Indian journal of veterinary science and animal husbandry - Volumes 24-25, 1954-1955
Year: 1954
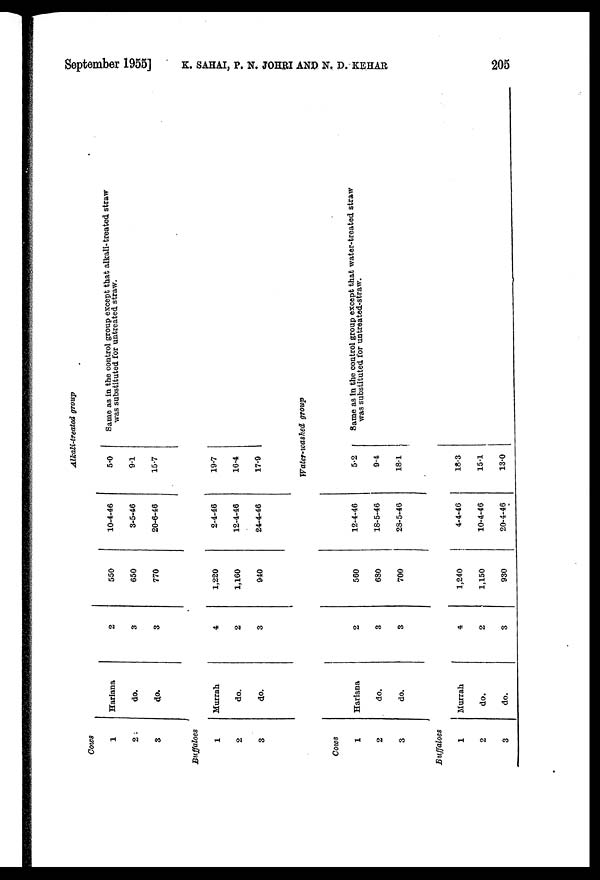
September 1955] K. SAHAI, P. N. JOHRI AND N. D. KEHAR 205
Alkali-treated group
Cows
1
2
3
Hariana
do.
do.
2
3
3
550
650
770
10-4-46
3-5-46
20-6-46
5.0
9.1
15.7
Same as in the control group except that alkali-treated straw
was substituted for untreated straw.
Buffaloes
1
2
3
Murrah
do.
do.
4
2
3
1,220
1,160
940
2-4-46
12-4-46
24-4-46
19.7
16.4
17.9
Water-washed group
Cows
1
2
3
Hariana
do.
do.
2
3
3
560
630
700
12-4-46
18-5-46
28-5-46
5.2
9.4
18.1
Same as in the control group except that water-treated straw
was substituted for untreated-straw.
Buffaloes
1
2
3
Murrah
do.
do.
4
2
3
1,240
1,150
930
4-4-46
10-4-46
20-4-46
18.3
15.1
13.0